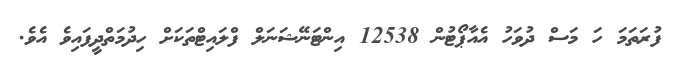
ފުރަތަމަ ހަ މަސް ދުވަހު އެއާޕޯޓުން 12538 އިންޓަނޭޝަނަލް ފްލައިޓްތަކަށް ހިދުމަތްދީފައިވެ އެވެ.